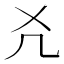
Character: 𠘮